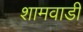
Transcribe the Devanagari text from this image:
शामवाडी